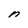
Character: n